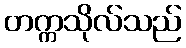
တက္ကသိုလ်သည်